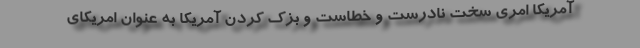
آمریکا امری سخت نادرست و خطاست و بزک کردن آمریکا به عنوان امریکای